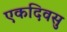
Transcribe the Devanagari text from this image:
एकदिवसु